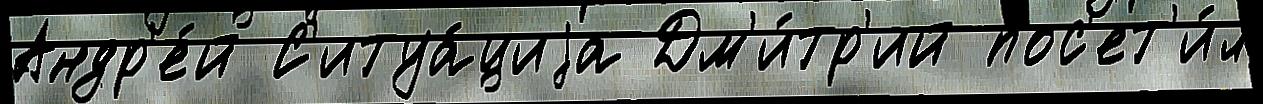
Андр'е́й С'итуа́циjа Дм'и́тр'ий пос'ет'и́л